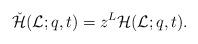
LaTeX: \begin{align*}\check{\mathcal{H}}(\mathcal{L};q,t)=z^{L}\mathcal{H}(\mathcal{L};q,t).\end{align*}